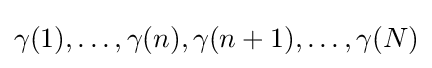
\gamma (1),\ldots ,\gamma (n),\gamma (n+1),\ldots ,\gamma (N)